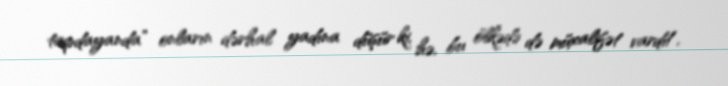
tapdayanda” onların dərhal yadına düşür ki, hə, bu ölkədə də müxalifət vardı!.